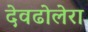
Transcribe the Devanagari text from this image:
देवढोलेरा